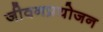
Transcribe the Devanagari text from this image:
जीवनप्रयोजन